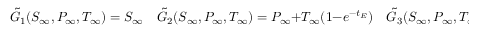
\tilde { G } _ { 1 } ( S _ { \infty } , P _ { \infty } , T _ { \infty } ) = S _ { \infty } \quad \tilde { G } _ { 2 } ( S _ { \infty } , P _ { \infty } , T _ { \infty } ) = P _ { \infty } + T _ { \infty } ( 1 - e ^ { - t _ { E } } ) \quad \tilde { G } _ { 3 } ( S _ { \infty } , P _ { \infty } , T _ { \infty } ) = T _ { \infty } e ^ { - t _ { E } } .